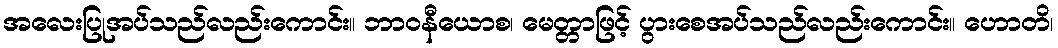
အလေးပြုအပ်သည်လည်းကောင်း။ ဘာဝနီယောစ၊ မေတ္တာဖြင့် ပွားစေအပ်သည်လည်းကောင်း။ ဟောတိ၊